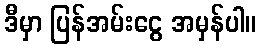
ဒီမှာ ပြန်အမ်းငွေ အမှန်ပါ။